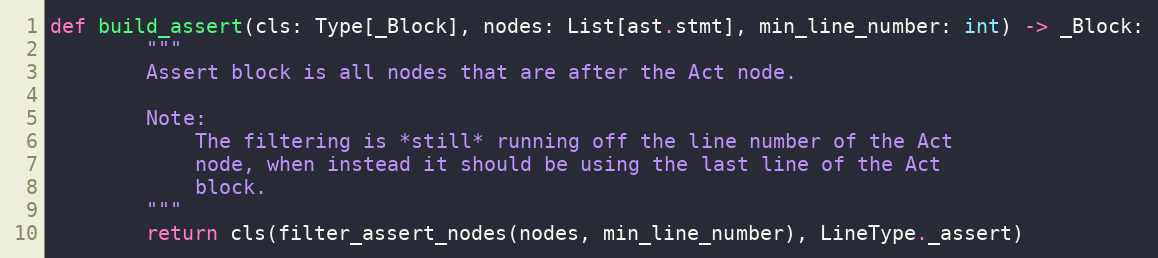
Language: Python
def build_assert(cls: Type[_Block], nodes: List[ast.stmt], min_line_number: int) -> _Block:
        """
        Assert block is all nodes that are after the Act node.

        Note:
            The filtering is *still* running off the line number of the Act
            node, when instead it should be using the last line of the Act
            block.
        """
        return cls(filter_assert_nodes(nodes, min_line_number), LineType._assert)